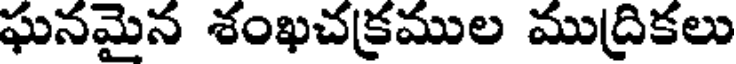
ఘనమైన శంఖచక్రముల ముద్రికలు